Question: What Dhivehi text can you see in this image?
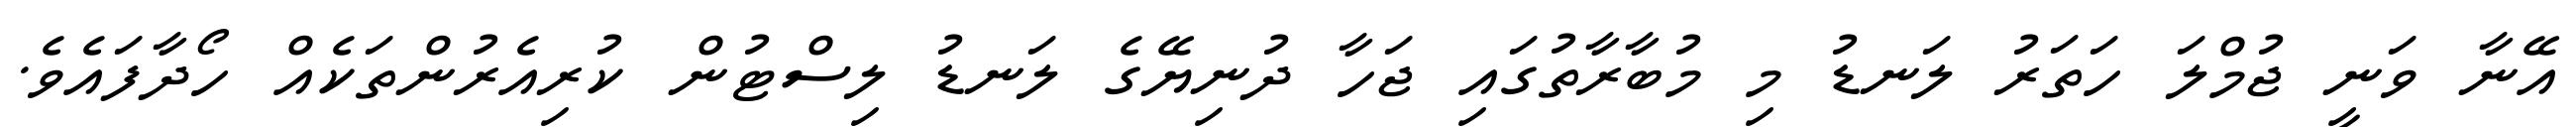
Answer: އޭނާ ވަނީ ޖުމްލަ ހަތަރު ލަނޑު މި މުބާރާތުގައި ޖަހާ ދުނިޔޭގެ ލަނޑު ލިސްޓުން ކުރިއެރުންތަކެއް ހޯދާފައެވެ.